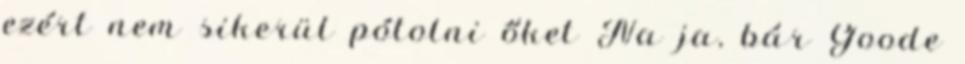
ezért nem sikerül pótolni őket Na ja, bár Goode